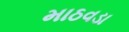
માઠવડા